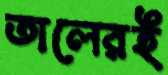
তালেরই